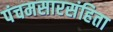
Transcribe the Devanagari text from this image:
पंचमसारसंहिता